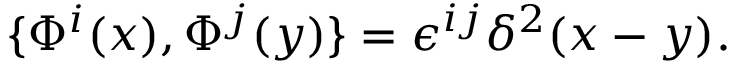
\{ \Phi ^ { i } ( x ) , \Phi ^ { j } ( y ) \} = \epsilon ^ { i j } \delta ^ { 2 } ( x - y ) .